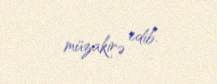
müzakirə edib.